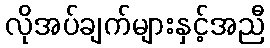
လိုအပ်ချက်များနှင့်အညီ